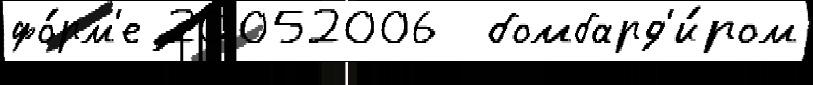
фо́рм'е 20052006  бомбард'и́ром